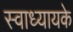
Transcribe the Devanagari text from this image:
स्‍वाध्‍यायके